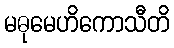
မဓုမေဟိကောသီတိ